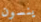
ينسون